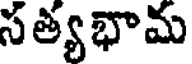
సత్యభామ